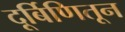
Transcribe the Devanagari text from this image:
दूर्बिणितून